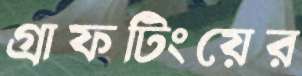
গ্রাফটিংয়ের